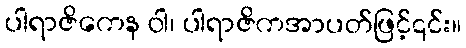
ပါရာဇိကေန ဝါ၊ ပါရာဇိကအာပတ်ဖြင့်၎င်း။